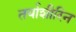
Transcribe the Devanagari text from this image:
तर्याशीरिन